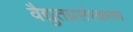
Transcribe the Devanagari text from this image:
वैद्युतप्रसंस्करण